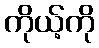
ကိုယ့်ကို